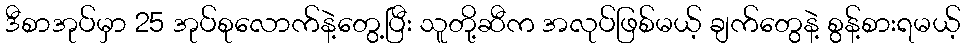
ဒီစာအုပ်မှာ 25 အုပ်စုလောက်နဲ့တွေ့ပြီး သူတို့ဆီက အလုပ်ဖြစ်မယ့် ချက်တွေနဲ့ စွန့်စားရမယ့်